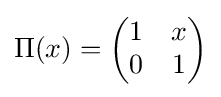
\Pi (x)={\begin{pmatrix}1&x\\0&1\end{pmatrix}}